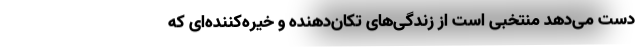
دست می‌دهد منتخبی است از زندگی‌های تکان‌دهنده و خیره‌کننده‌ای که